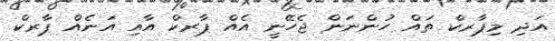
އަދި މިޕާރކް ތައް ހުންނަން ޖެހޭނީ އެއް ޕާރކް އާއި އަނެެއް ޕާރކް